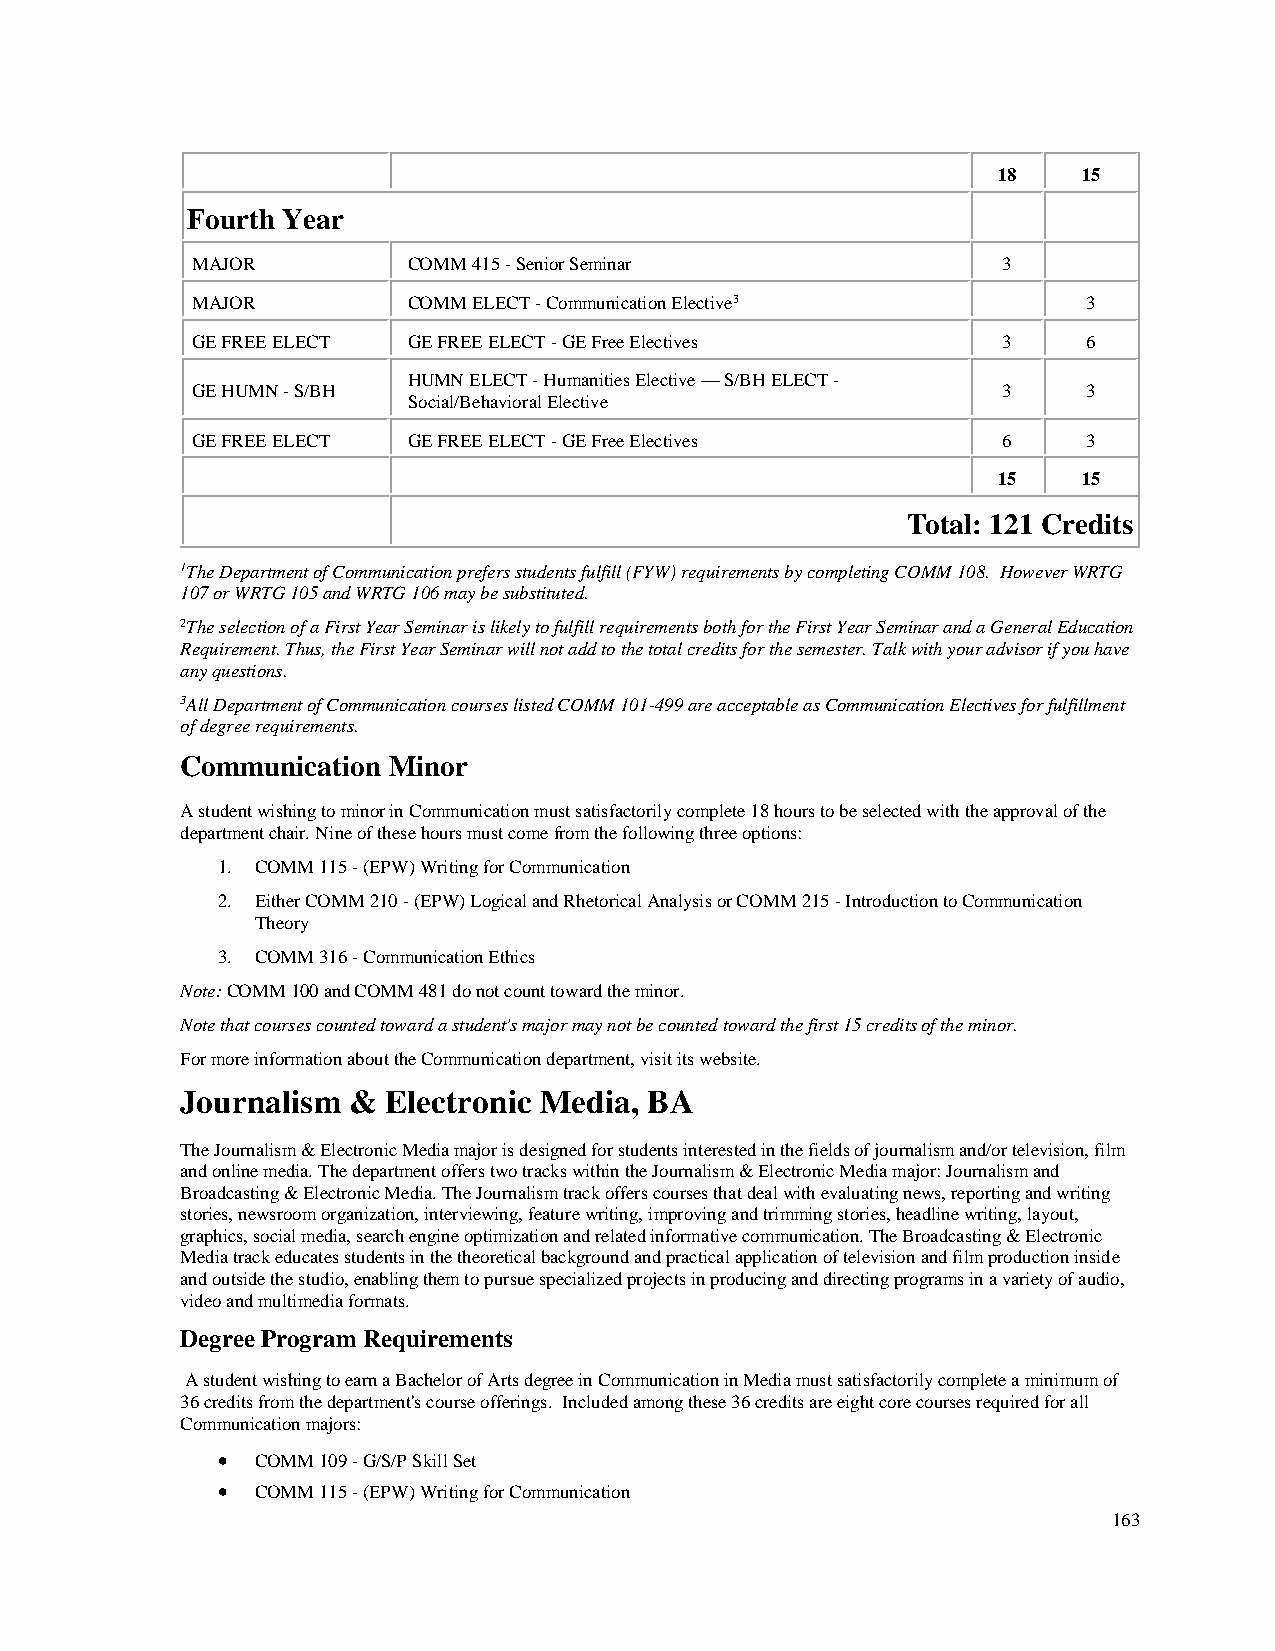
18    15
 Fourth Year
 MAJOR         COMM 415 - Senior Seminar              3
 MAJOR         COMM ELECT - Communication Elective3         3
 GE FREE ELECT GE FREE ELECT - GE Free Electives      3     6
 HUMN ELECT - Humanities Elective — S/BH ELECT -
 GE HUMN - S/BH                                       3     3
 Social/Behavioral Elective
 GE FREE ELECT GE FREE ELECT - GE Free Electives      6     3
 15    15
 Total: 121 Credits
 1The Department of Communication prefers students fulfill (FYW) requirements by completing COMM 108. However WRTG
 107 or WRTG 105 and WRTG 106 may be substituted.
 2The selection of a First Year Seminar is likely to fulfill requirements both for the First Year Seminar and a General Education
 Requirement. Thus, the First Year Seminar will not add to the total credits for the semester. Talk with your advisor if you have
 any questions.
 3All Department of Communication courses listed COMM 101-499 are acceptable as Communication Electives for fulfillment
 of degree requirements.
 Communication Minor
 A student wishing to minor in Communication must satisfactorily complete 18 hours to be selected with the approval of the
 department chair. Nine of these hours must come from the following three options:
 1. COMM 115 - (EPW) Writing for Communication
 2. Either COMM 210 - (EPW) Logical and Rhetorical Analysis or COMM 215 - Introduction to Communication
 Theory
 3. COMM 316 - Communication Ethics
 Note: COMM 100 and COMM 481 do not count toward the minor.
 Note that courses counted toward a student's major may not be counted toward the first 15 credits of the minor.
 For more information about the Communication department, visit its website.
 Journalism &  Electronic Media, BA
 The Journalism & Electronic Media major is designed for students interested in the fields of journalism and/or television, film
 and online media. The department offers two tracks within the Journalism & Electronic Media major: Journalism and
 Broadcasting & Electronic Media. The Journalism track offers courses that deal with evaluating news, reporting and writing
 stories, newsroom organization, interviewing, feature writing, improving and trimming stories, headline writing, layout,
 graphics, social media, search engine optimization and related informative communication. The Broadcasting & Electronic
 Media track educates students in the theoretical background and practical application of television and film production inside
 and outside the studio, enabling them to pursue specialized projects in producing and directing programs in a variety of audio,
 video and multimedia formats.
 Degree Program Requirements
 A student wishing to earn a Bachelor of Arts degree in Communication in Media must satisfactorily complete a minimum of
 36 credits from the department's course offerings. Included among these 36 credits are eight core courses required for all
 Communication majors:
 •  COMM 109 - G/S/P Skill Set
 •  COMM 115 - (EPW) Writing for Communication
 163